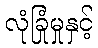
လုံခြုံမှုနှင့်